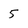
Character: 5